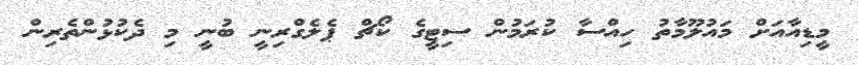
މީޑިއާއަށް މައުލޫމާތު ހިއްސާ ކުރަމުން ސިޓީގެ ކޯޗް ޕެލެގްރިނީ ބުނީ މި ދެކުޅުންތެރިން